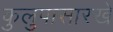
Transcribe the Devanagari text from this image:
कुलुपासारखे